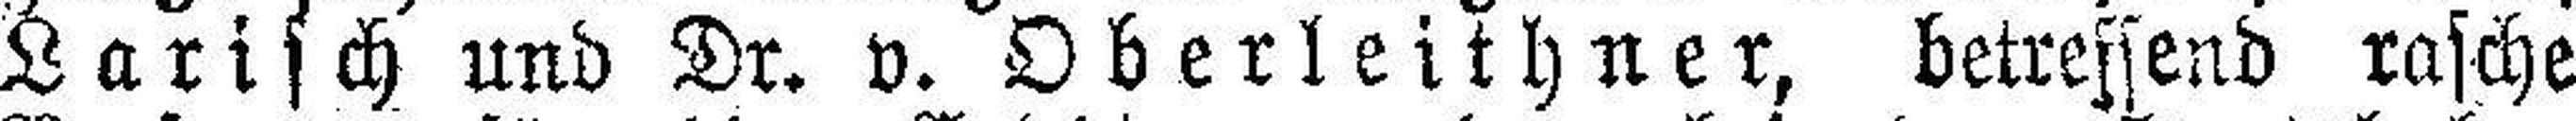
Larisch und Dr. v. Oberleithner, betressend rasche